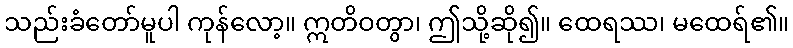
သည်းခံတော်မူပါ ကုန်လော့။ ဣတိဝတွာ၊ ဤသို့ဆို၍။ ထေရဿ၊ မထေရ်၏။